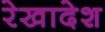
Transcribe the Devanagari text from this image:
रेखादेश